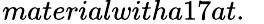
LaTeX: _{}{}materialwitha17at.\ \